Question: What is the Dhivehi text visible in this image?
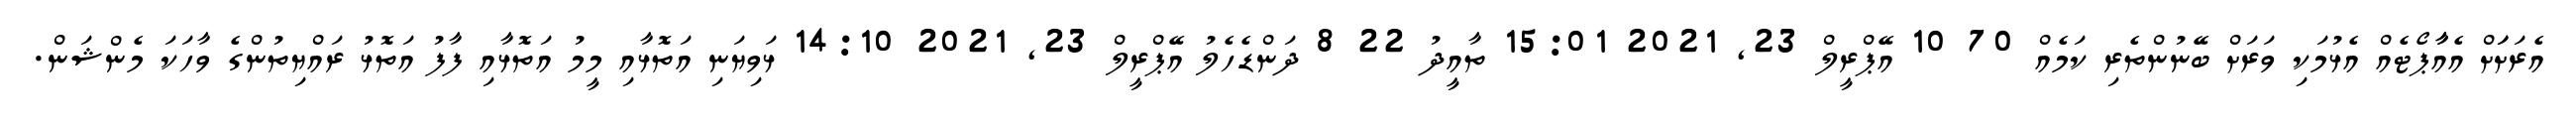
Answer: އެރަށަަށް އެއާާޕޯޓެއް އެޅުމަކި ވަރަށް ބޭނުންތެރި ކަމެއް 70 10 އޭޕްރީލް 23, 2021 15:01 ތާއީދު 22 8 ދަންޑެހެލު އޭޕްރީލް 23, 2021 14:10 ޅަވިޔަނި އަތޮޅާއި މީމު އަތޮޅާއި ފާފު އަތޮޅު ރައްޔިތުންގެ ވާހަކަ މެންޝަން.